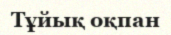
Тұйық оқпан